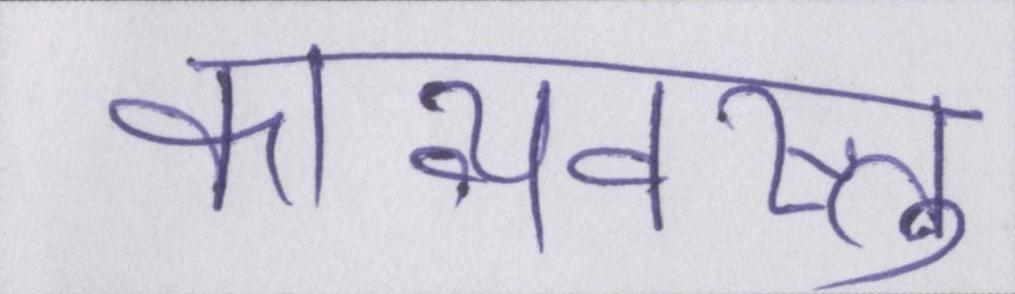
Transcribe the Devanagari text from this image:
काव्यवस्तु